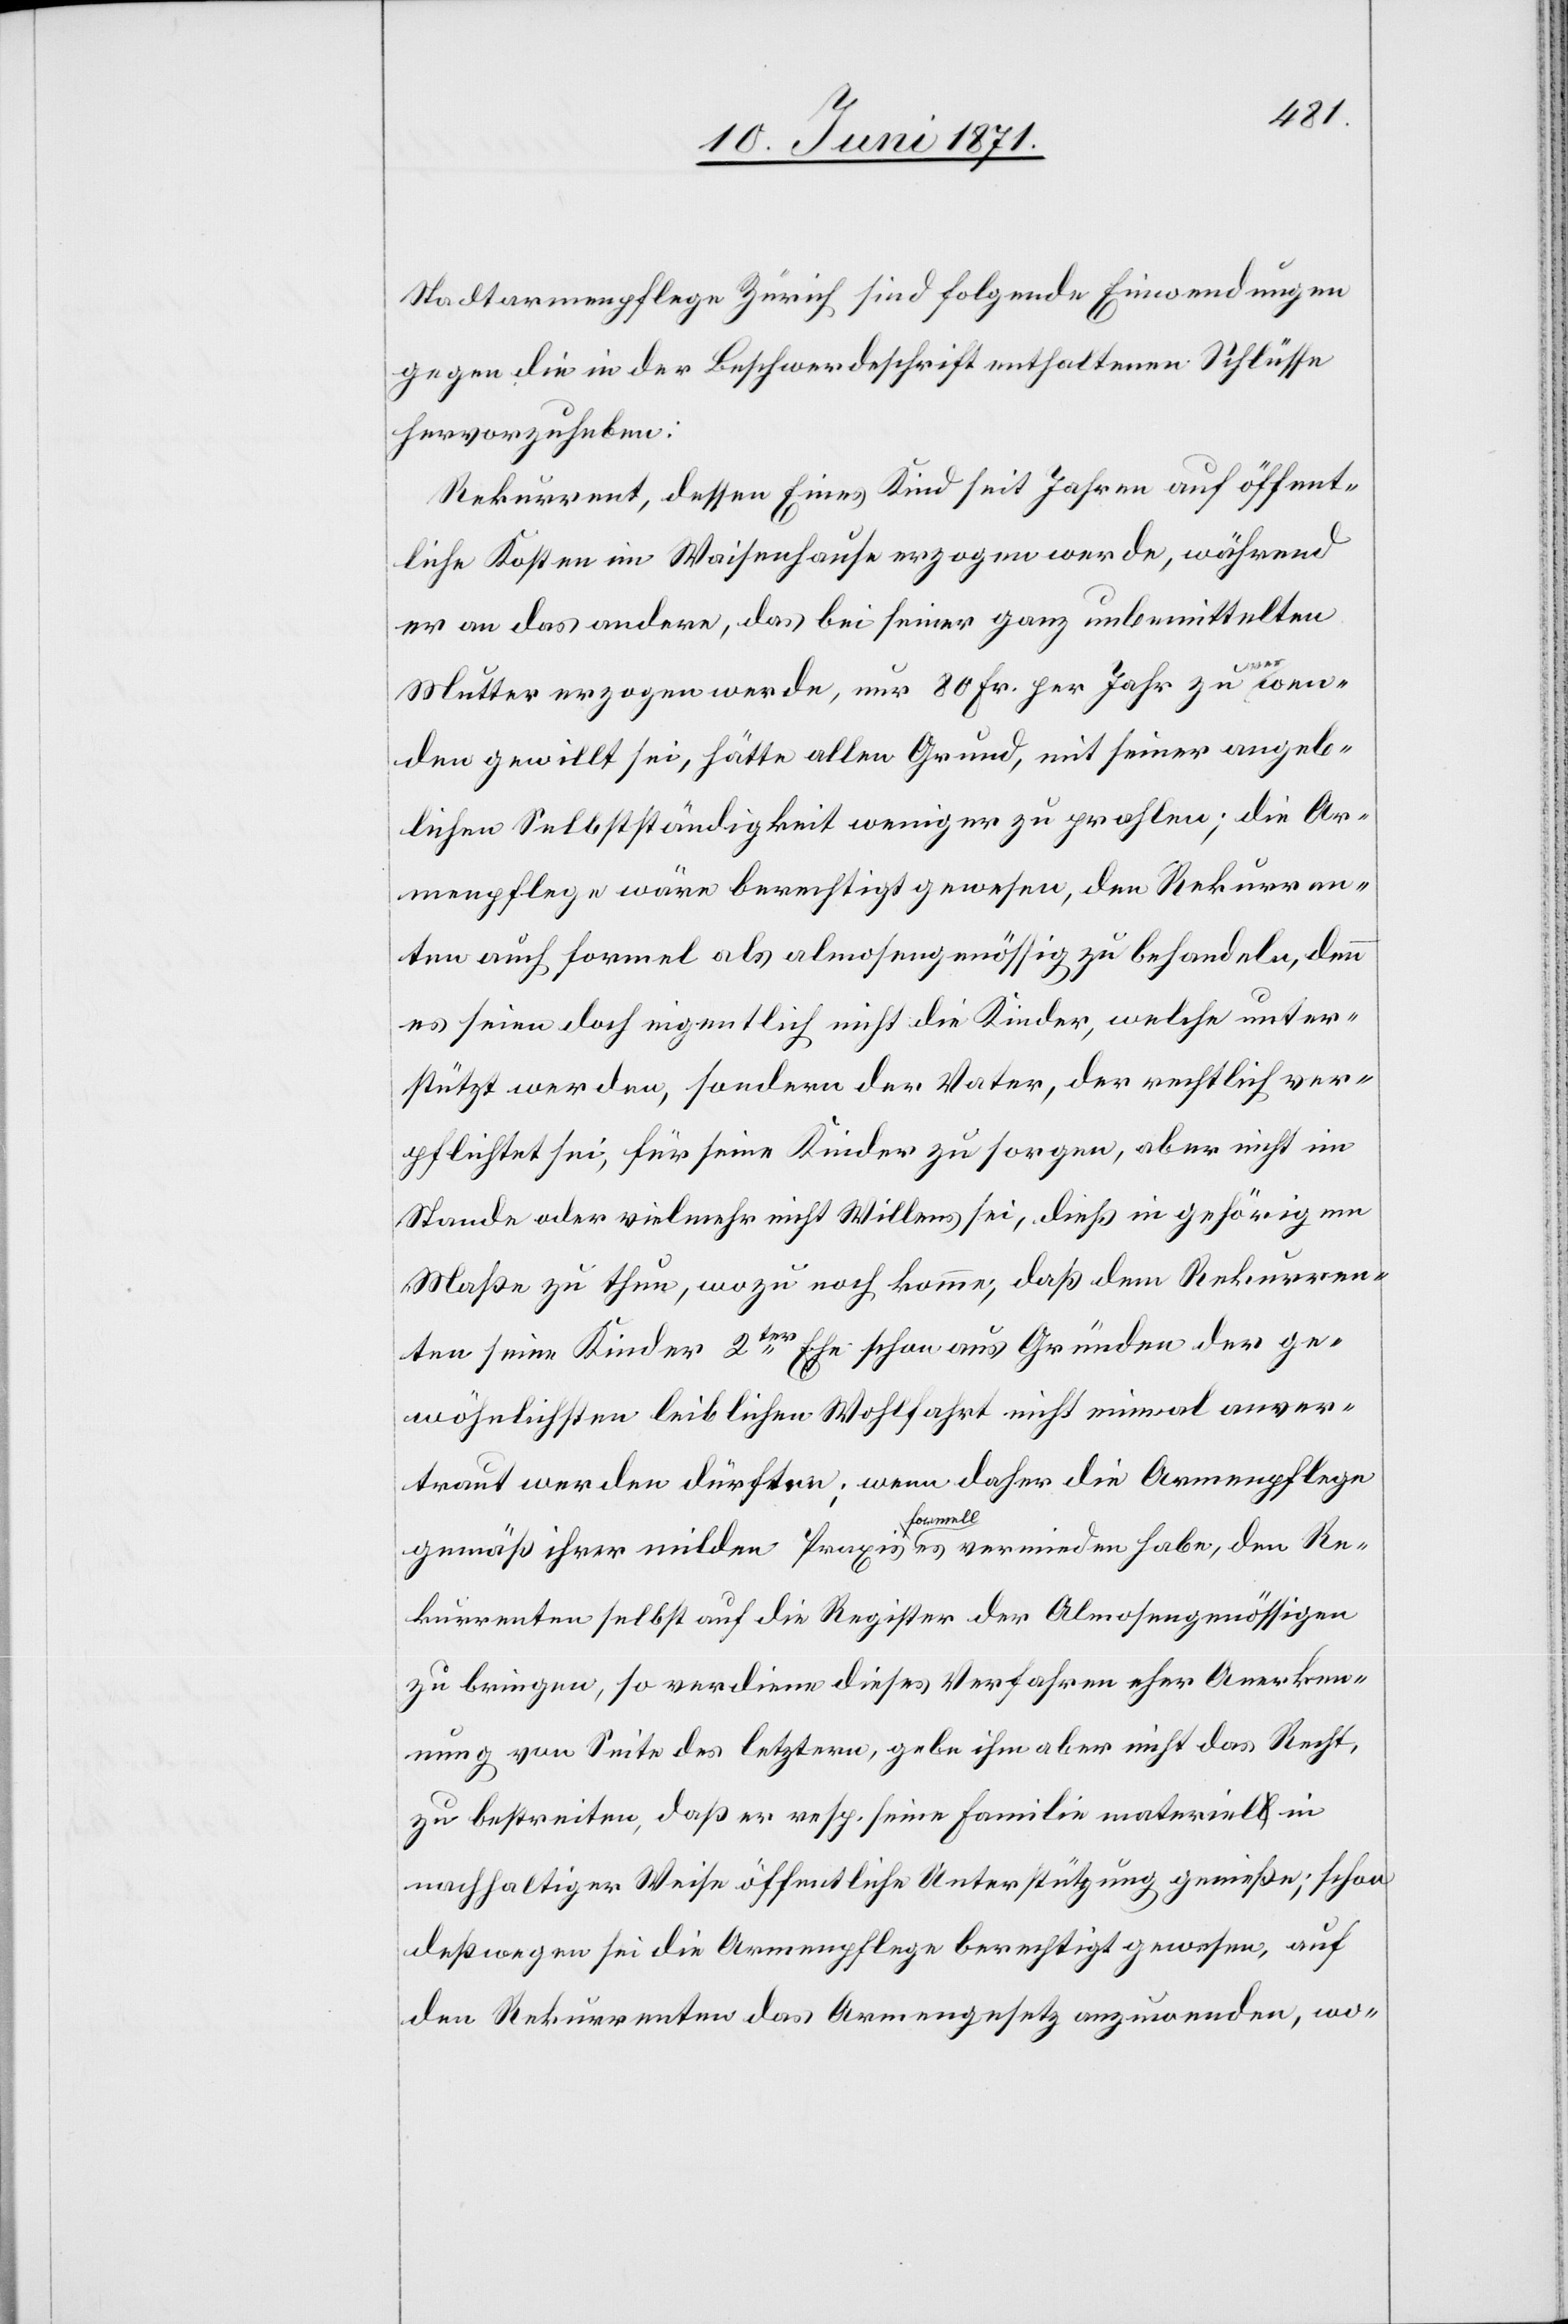
Stadtarmenpflege Zürich sind folgende Einwendungen
gegen die in der Beschwerdeschrift enthaltenen Schlüsse
hervorzuheben:
Rekurrent, dessen Eines Kind seit Jahren auf öffent¬
lichen Kosten im Waisenhause erzogen werde, während
er an das andere, das bei seiner ganz unbemittelten
Mutter erzogen werde, nur 80 Fr. per Jahr zu verwen¬
den gewillt sei, hätte allen Grund, mit seiner angeb¬
lichen Selbständigkeit weniger zu prahlen; die Ar¬
menpflege wäre berechtigt gewesen, den Rekurren¬
ten auch formal als almosengenössig zu behandeln, denn
es seien doch eigentlich nicht die Kinder, welche unter¬
stützt werden, sondern der Vater, der rechtlich ver¬
pflichtet sei, für seine Kinder zu sorgen, aber nicht im
Stande oder vielmehr nicht Willens sei, dieß in gehörigem
Maße zu thun, wozu noch komme, daß dem Rekurren¬
ten seine Kinder 2ter Ehe schon aus Gründen der ge¬
wöhnlichsten leiblichen Wohlfahrt nicht einmal anver¬
traut werden dürften; wenn daher die Armenpflege
gemäß ihrer milden Praxis formell vermieden habe, den Re¬
kurrenten selbst auf die Register der Almosengenössigen
zu bringen, so verdiene dieses Verfahren eher Anerken¬
nung von Seite des letztern, gebe ihm aber nicht das Recht,
zu bestreiten, daß er resp. seine Familie materiell in
nachhaltiger Weise öffentliche Unterstützung genieße; schon
deßwegen sei die Armenpflege berechtigt gewesen, auf
den Rekurrenten das Armengesetz anzuwenden, wo-